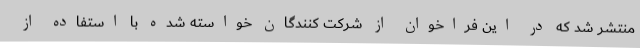
منتشر شد که در این فراخوان از شرکت کنندگان خواسته شده با استفاده از